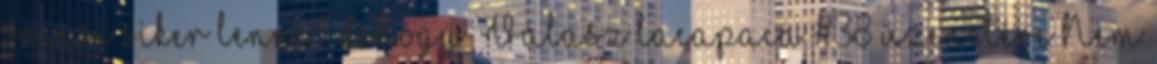
óriási siker lenne? dehogy. Válasz lacapaca #38 üzenetére Nem